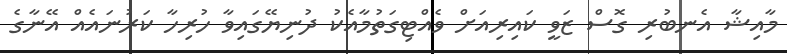
މާއިޝާ އެނބުރި ގޮސް ޒަވީ ކައިރިއަށް ވެއްޓިގަތުމާއެކު ދުނިޔޭގައިވާ ހުރިހާ ކަރުނައެއް އޭނާގެ